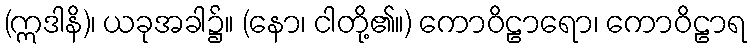
(ဣဒါနိ)၊ ယခုအခါ၌။ (နော၊ ငါတို့၏။) ကောဝိဠာရော၊ ကောဝိဠာရ